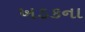
ખડકના